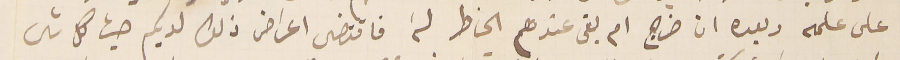
على علمه وبعده ان خراج ام بقى عندهم الخاطر لَه فاقتضى اعراض ذلك لديكم حيث كل شى